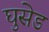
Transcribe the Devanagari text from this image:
घुसेड